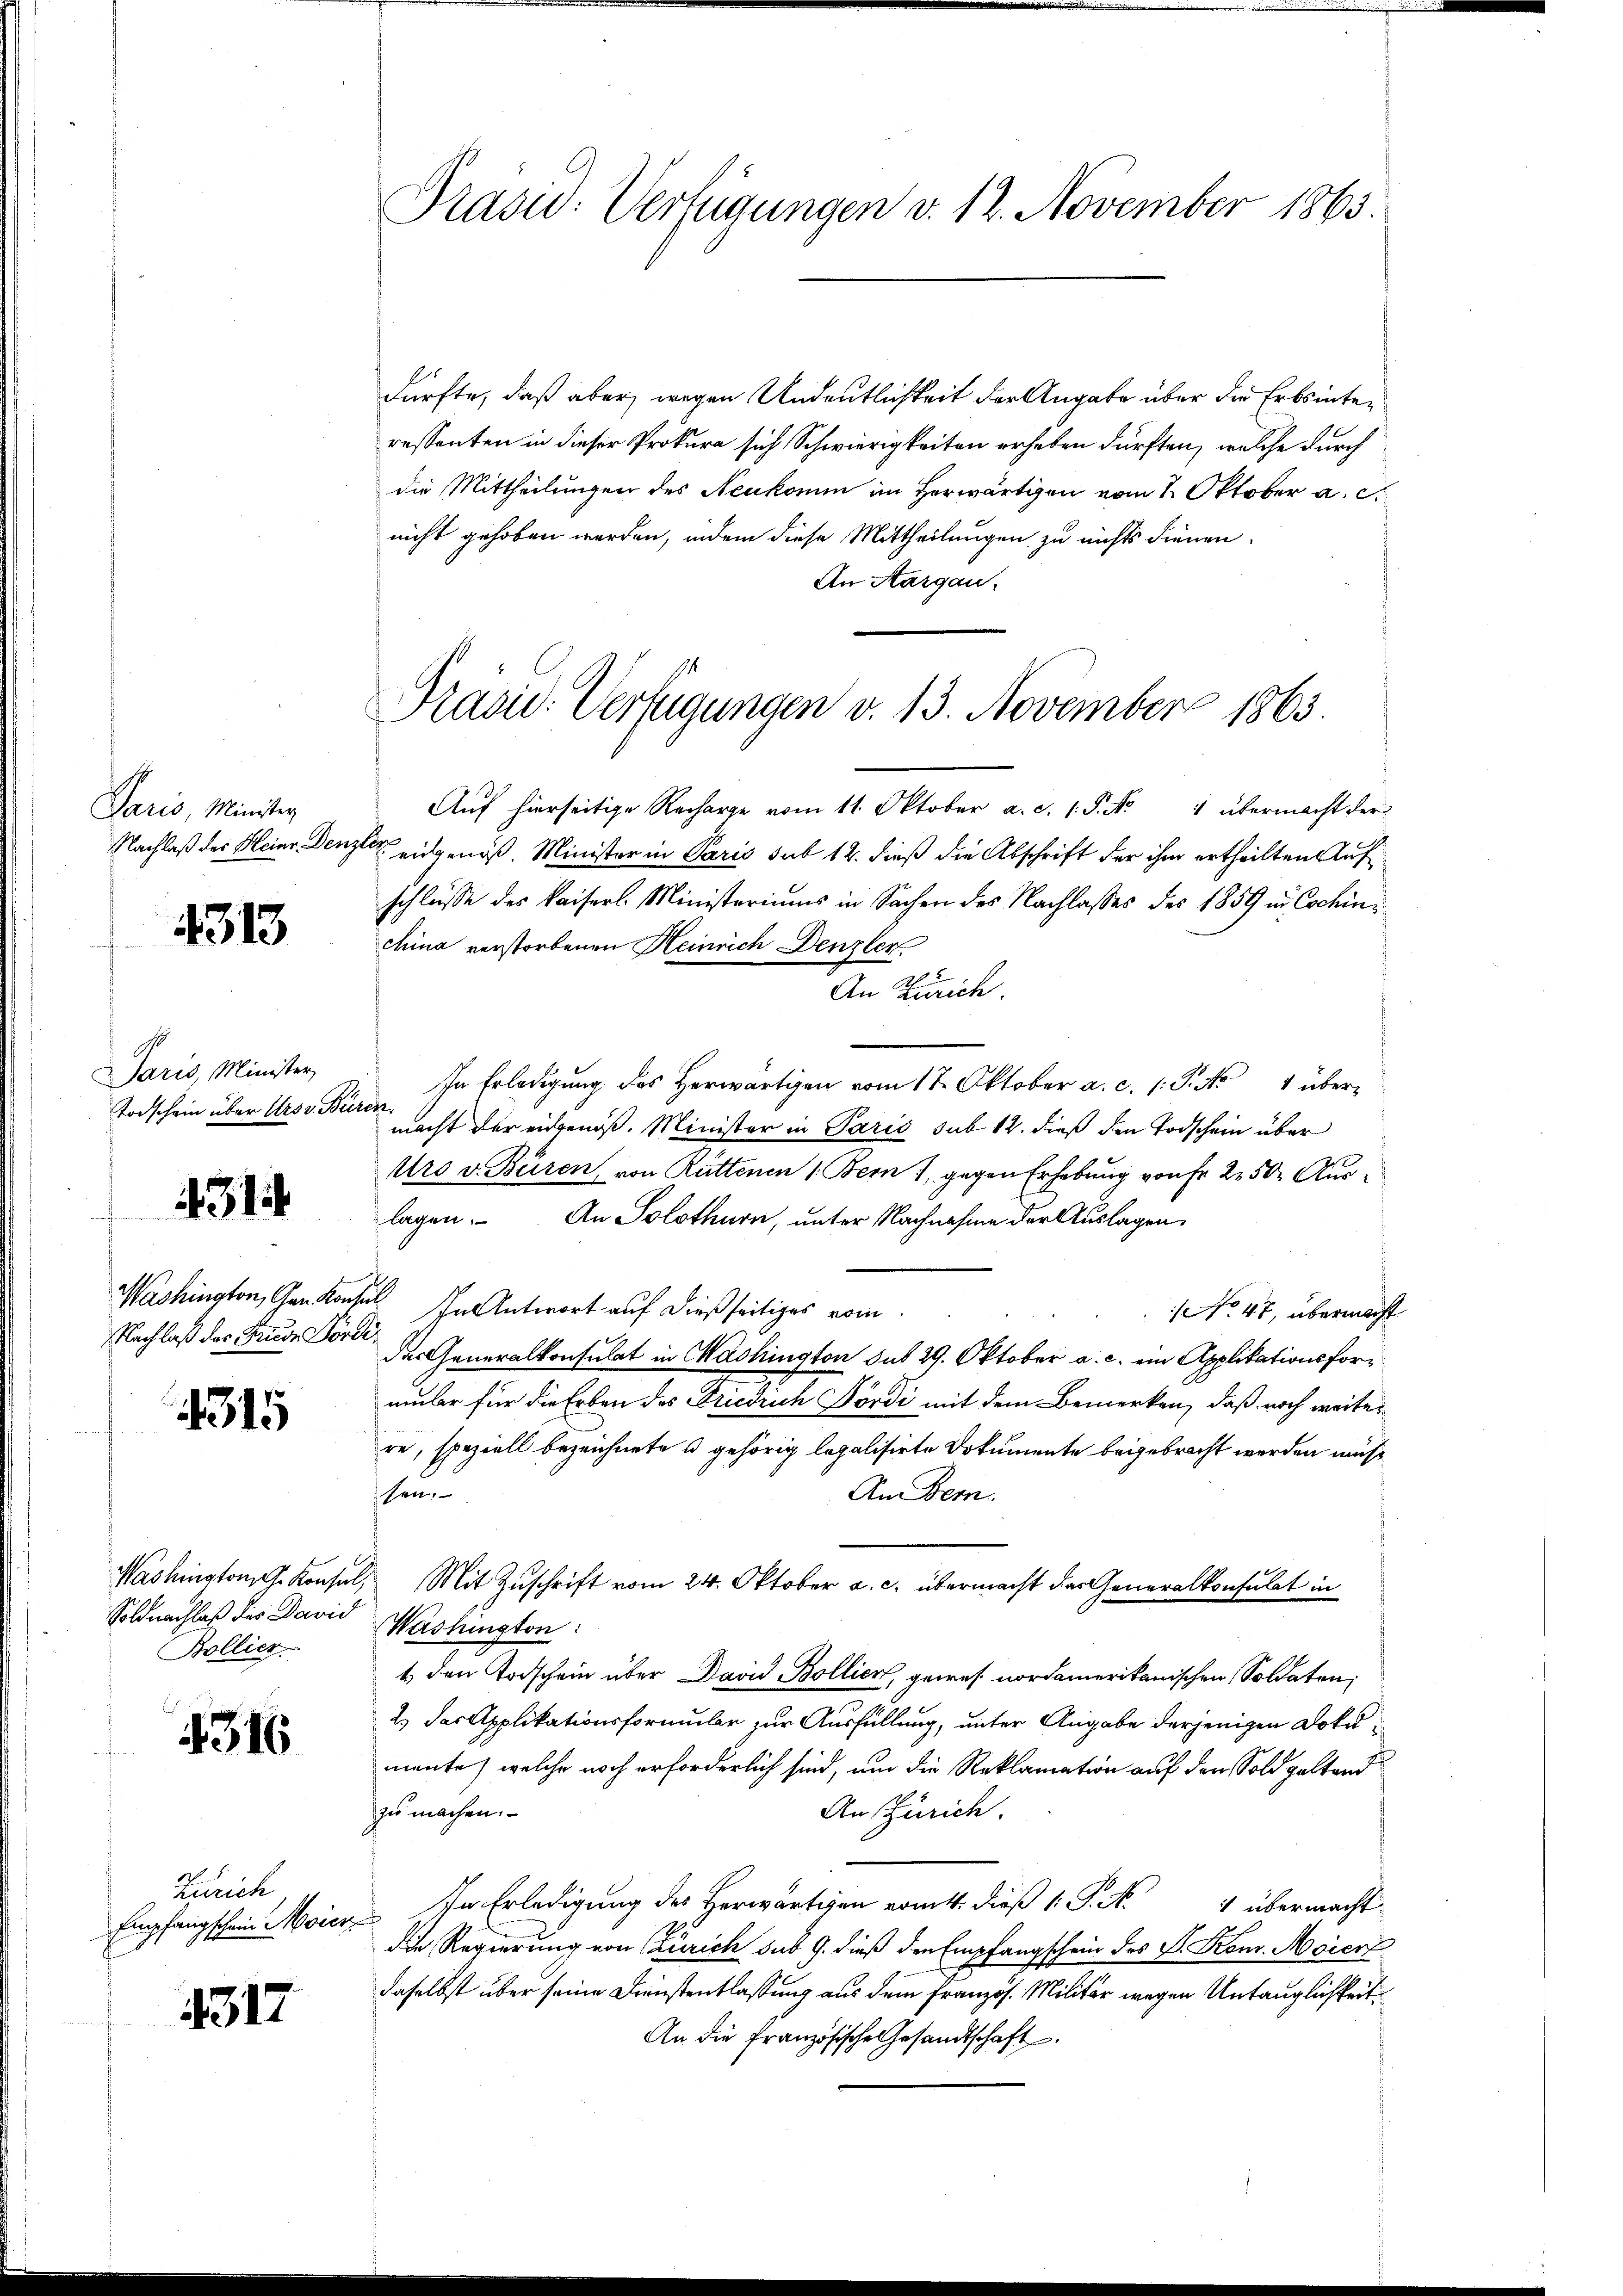
Paris, Minister
Nachlaß des Heinr. Den

4313

Paris, Minister
Todschein über Ursv. Bei

Washington, Gen kon
Nachlaß das Finde För¬

431

315

Soldnachlaß des David Washington
Bollich

1316

Zürich
Empfangschein Moierz

4317

Präsid: Verfügungen v. 12. November 1865.

Präsid. Verfügungen v. 13. November 1863.

dürfte, daß aber wegen Andeutlichkeit der Angabe über die Erbsinteressanten in dieser Prokura sich Schwierigkeiten erheben dürften, welche durch
die Mittheilungen des Neukomm im Herwärtigen vom 1. Oktober a. c.
nicht gehoben werden, indem diese Mittheilungen zu nichts dienen.
An Aargau.
Auf hierseitige Recharge vom 11. Oktober a. c. 1. P. Nr. 1 übermacht der
 eidgenöß. Minister in Paris sub 12. dieß die Abschrift der ihm ertheilten Aufschlüsse des Kaiserl. Ministeriums in Sachen des Nachlasses des 1859 in Cochinchina verstorbenen Heinrich Denzler
An Zürich.
In Erledigung des Herwärtigen vom 17. Oktober a. c. 1. P. No 4 überren
macht der eidgenoß. Minister in Paris sub 14. dieß den Todschein über
Uro v. Bären, von Rüttenen 1. Bern 1, gegen Erhebung von Fr. 250 Aus
lagen. An Solothurn, unter Nachnahme der Auslagen
sel. In Antwort auf dießseitiges vom
No 47, übermacht
e
Der Generalkonsulat in Mashington sub 29. Oktober a. c. ein Applikationsformber für die Erben des Friedrich Pördi mit dem Bemerken, daß noch weiter
re, speziell bezeichnete u gehörig legalisirte Dokumente beigebracht werden müs
An Bern.
sen.
Washington G. Konsul, Mit Zuschrift vom 24. Oktober a. c. übermacht das Generalkonsulat in
t den Todschein über David Bollier, gewes nordamerikanischen Soldaten.
2.) Das Applikationsformular zur Ausfüllung, unter Angabe derjenigen Dokumente, welche noch erforderlich sind, um die Reklamation auf den Sold geltend
zu machen.
An Zürich.
In Erledigung des Herwärtigen vom 4. dieß 1 S. N. 4 übermacht
die Regierung von Zürich sub 9. dieß den Empfangschein des P. Kom. Moierf
daselbst über seine Dienstentlassung aus dem Französ. Militär wegen Untauglichkeit
An die Französische Gesandtschaft.